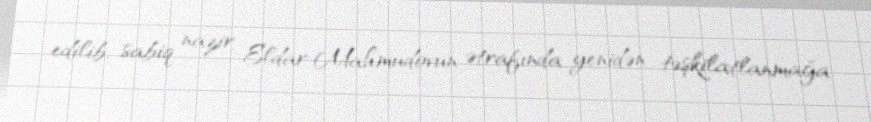
edilib, sabiq nazir Eldar Mahmudovun ətrafında yenidən təşkilatlanmağa